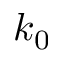
k _ { 0 }